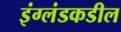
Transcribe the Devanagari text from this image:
इंग्लंडकडील